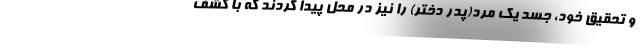
و تحقیق خود، جسد یک مرد(پدر دختر) را نیز در محل پیدا کردند که با کشف